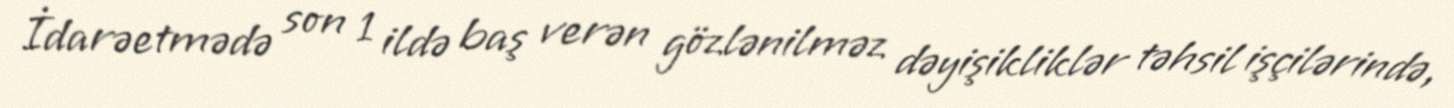
İdarəetmədə son 1 ildə baş verən gözlənilməz dəyişikliklər təhsil işçilərində,